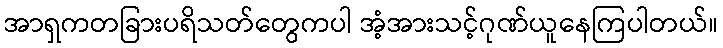
အာရှကတခြားပရိသတ်တွေကပါ အံ့အားသင့်ဂုဏ်ယူနေကြပါတယ်။